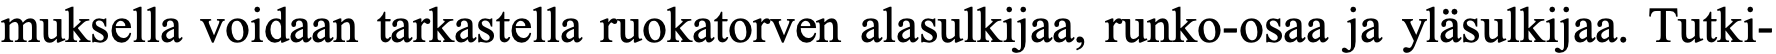
muksella voidaan tarkastella ruokatorven alasulkijaa, runko-osaa ja yläsulkijaa. Tutki-